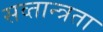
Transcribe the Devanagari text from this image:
सव्तान्त्रता